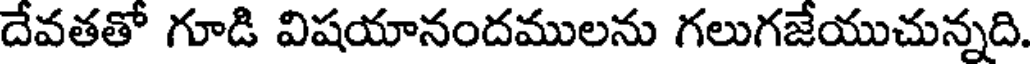
దేవతతో గూడి విషయానందములను గలుగజేయుచున్నది